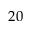
2 0